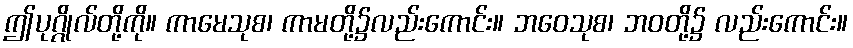
ဤပုဂ္ဂိုလ်တို့ကို။ ကာမေသုစ၊ ကာမတို့၌လည်းကောင်း။ ဘဝေသုစ၊ ဘဝတို့၌ လည်းကောင်း။